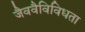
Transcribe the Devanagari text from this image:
जैववैविविधता